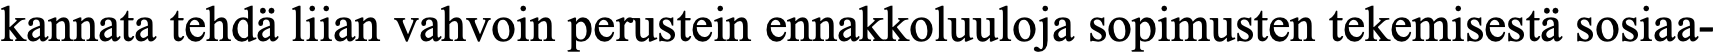
kannata tehdä liian vahvoin perustein ennakkoluuloja sopimusten tekemisestä sosiaa-